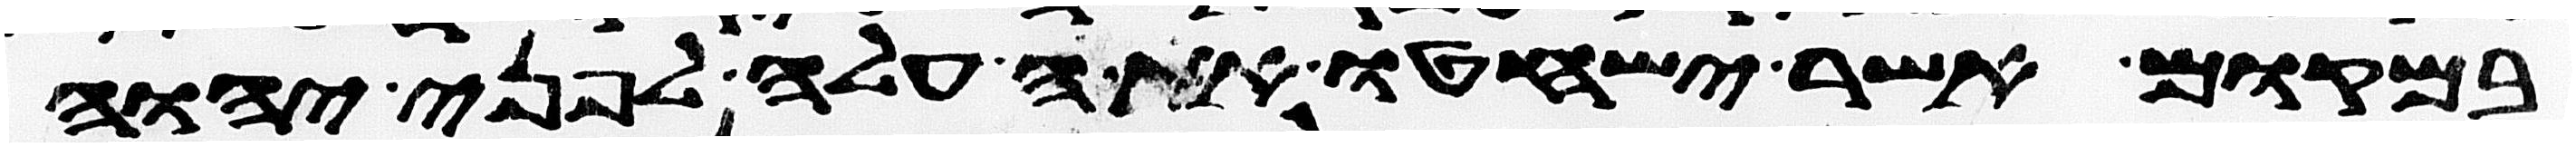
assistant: במקום אשר ישחטו את העלה לפני יהוה